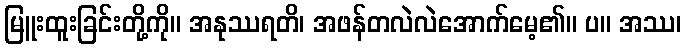
မြူးထူးခြင်းတို့ကို။ အနုဿရတိ၊ အဖန်တလဲလဲအောက်မေ့၏။ ပ။ အဿ၊